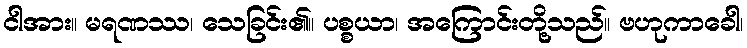
ငါအား။ မရဏဿ၊ သေခြင်း၏။ ပစ္စယာ၊ အကြောင်းတို့သည်။ ဗဟုကာခေါ၊